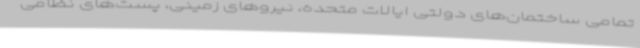
تمامی ساختمان‌های دولتی ایالات متحده، نیروهای زمینی، پست‌های نظامی